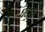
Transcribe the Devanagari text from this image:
घटही